Indian Civil Veterinary Department memoirs
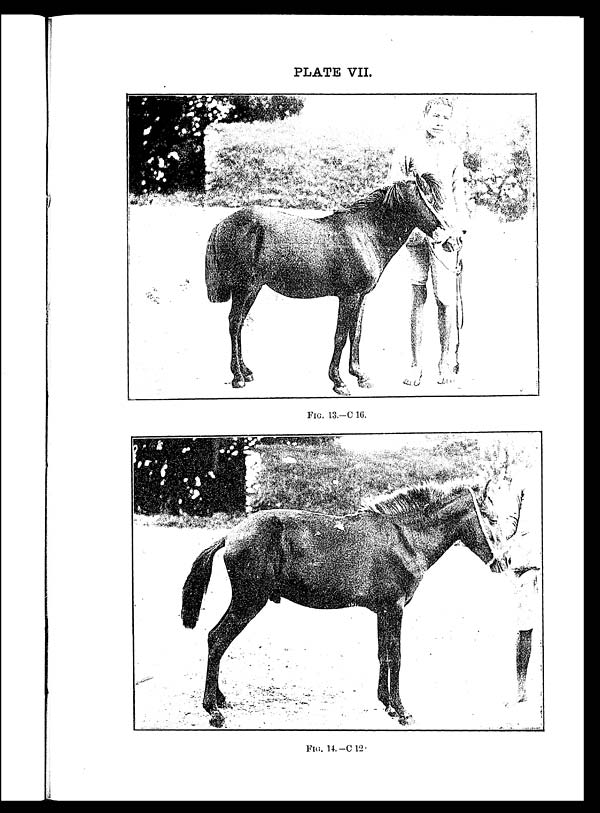
PLATE VII.
FIG. 13.—C 16.
FIG. 14.—C 12.